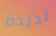
لذيذة